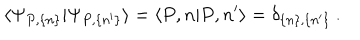
LaTeX: \langle \Psi _ { P , \{ n \} } | \Psi _ { P , \{ n ^ { \prime } \} } \rangle = \langle P , n | P , n ^ { \prime } \rangle = \delta _ { \{ n \} , \{ n ^ { \prime } \} } \: .